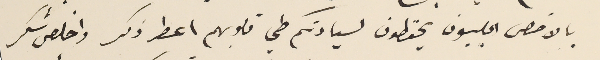
بالاخص الحلبيون يحفظون لسيادتكم طي قلوبهم اعطر ذكر واخلص شكر